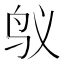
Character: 𱉌